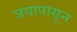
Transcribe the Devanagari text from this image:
जवापासून